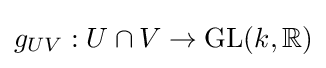
g_{UV}:U\cap V\to \operatorname {GL} (k,\mathbb {R} )